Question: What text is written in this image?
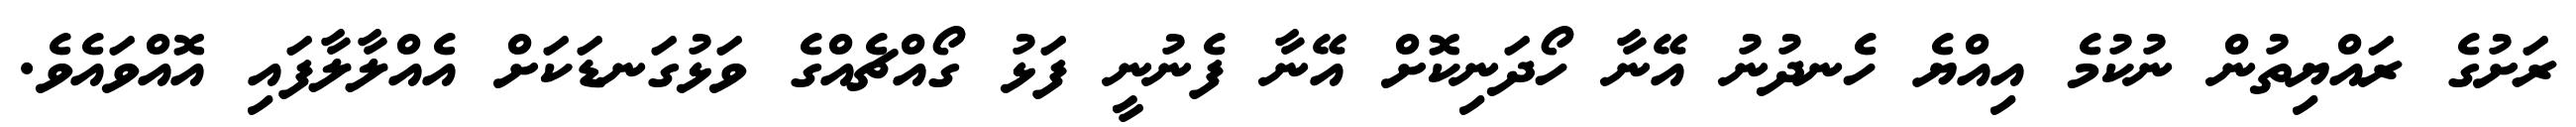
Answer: ރަށުގެ ރައްޔިތުން ނުކުމެ އިއްޔެ ހެނދުނު އޭނާ ހޯދަނިކޮށް އޭނާ ފެނުނީ ފަޅު ގޯއްޗެއްގެ ވަޅުގަނޑަކަށް އެއްލާލާފައި އޮއްވައެވެ.